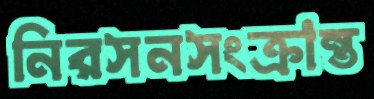
নিরসনসংক্রান্ত